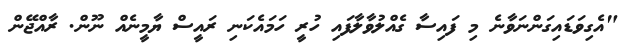
"އެގިވަޑައިގަންނަވާނެ މި ފައިސާ ގެއްލުވާލާފައި ހުރީ ހަމައެކަނި ރައީސް ޔާމީނެއް ނޫން. ރާއްޖޭން